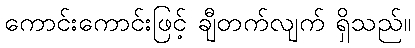
ကောင်းကောင်းဖြင့် ချီတက်လျက် ရှိသည်။